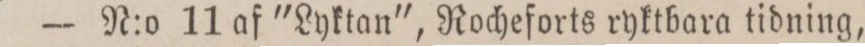
— N:o 11 af "Lyktan", Rocheforts ryktbara tidning,